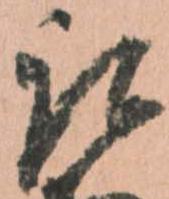
取